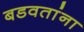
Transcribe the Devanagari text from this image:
बडवतांना